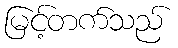
မြင့်တက်သည်